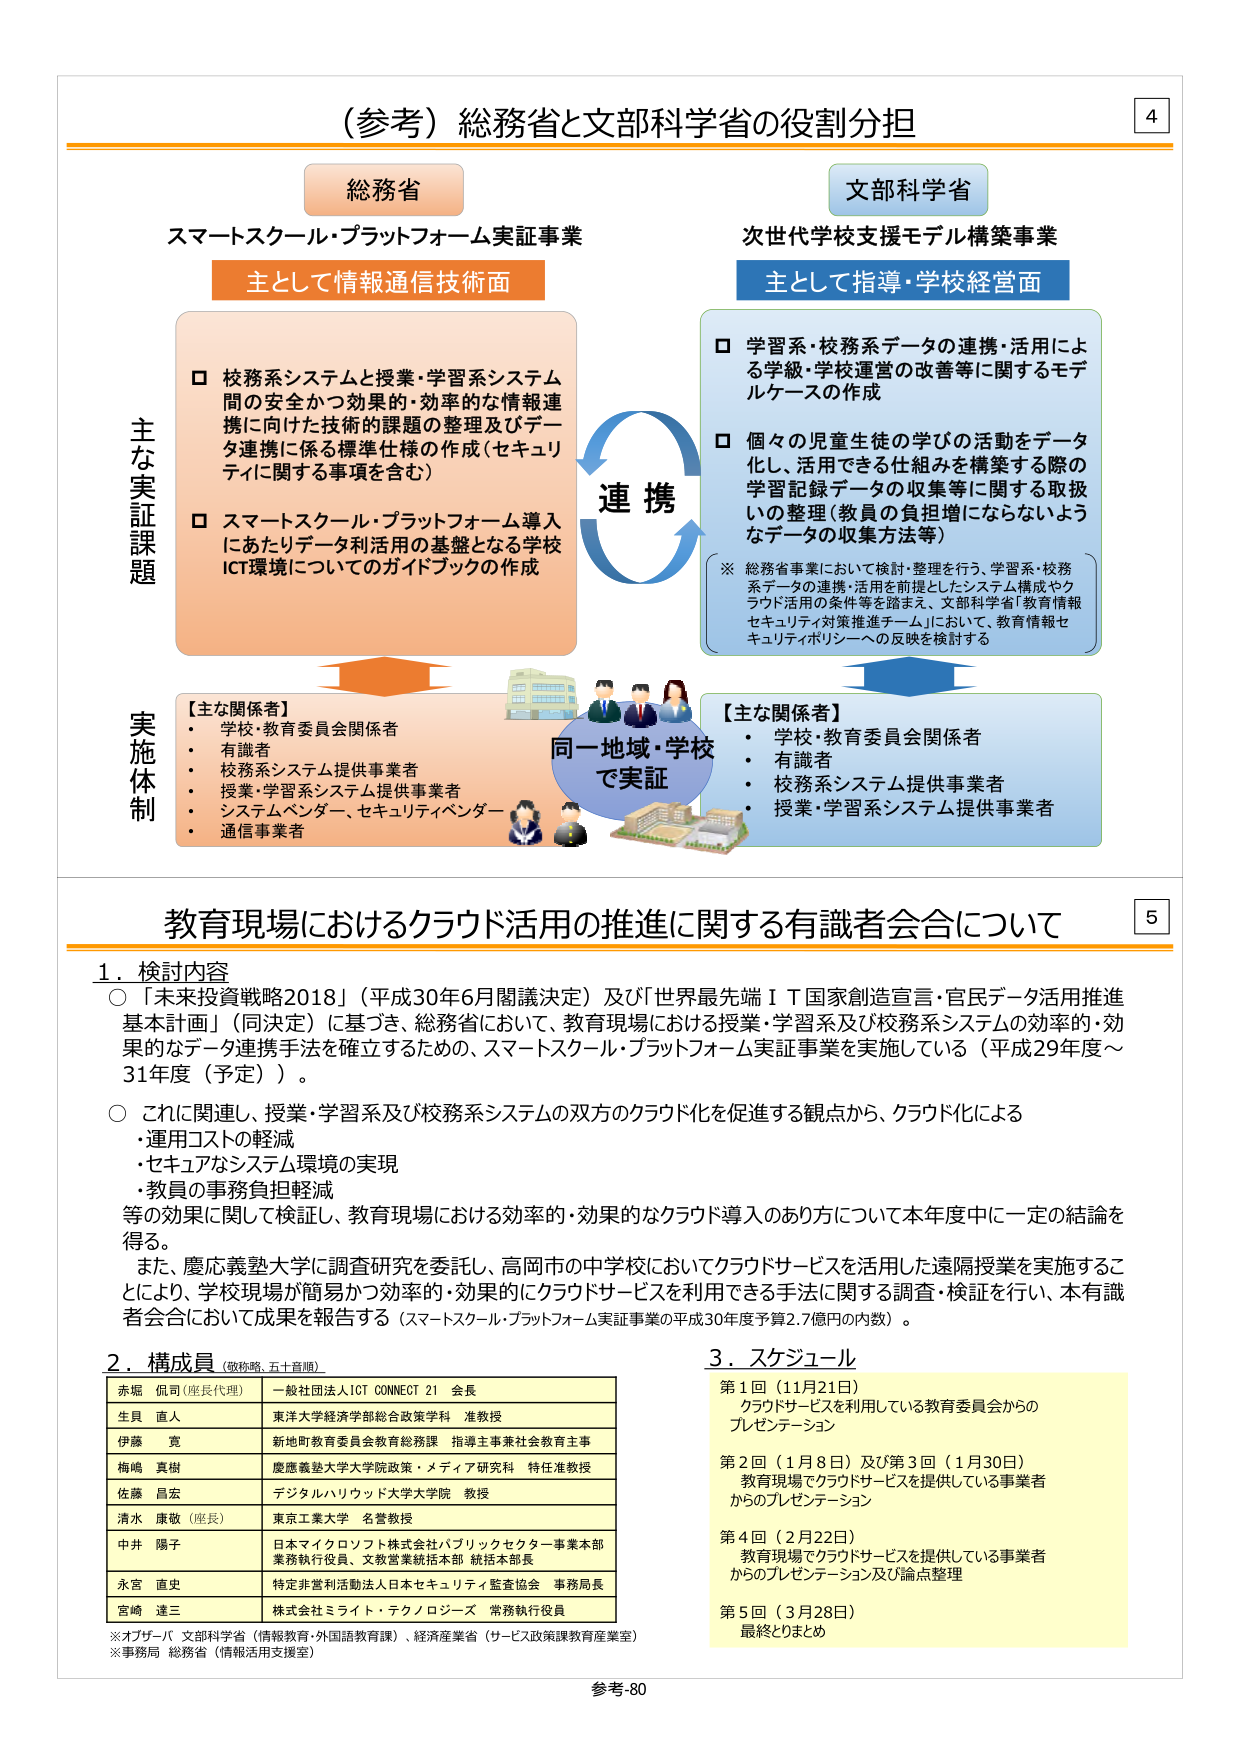
（参考）総務省と文部科学省の役割分担

総務省
スマートスクール・プラットフォーム実証事業
主として情報通信技術面

□ 校務系システムと授業・学習系システム間の安全かつ効果的・効率的な情報連携に向けた技術的課題の整理及びデータ連携に係る標準仕様の作成（セキュリティに関する事項を含む）
□ スマートスクール・プラットフォーム導入にあたりデータ利活用の基盤となる学校ICT環境についてのガイドラインの作成

文部科学省
次世代学校支援モデル構築事業
主として指導・学校経営面

□ 学習系・校務系データの連携・活用による学級・学校運営の改善等に関するモデルケースの作成
□ 個々の児童生徒の学びの活動をデータ化し、活用できる仕組みを構築する際の学習記録データの収集等に関する取扱いの整理（教員の負担増にならないようなデータの収集方法等）

※ 総務省事業において検討・整理を行う、学習系・校務系データの連携・活用を前提としたシステム構成やクラウド活用の条件等を踏まえ、文部科学省「教育情報セキュリティ対策推進チーム」において、教育情報セキュリティポリシーへの反映を検討する

主な実証課題
実施体制

【主な関係者】
・ 学校・教育委員会関係者
・ 有識者
・ 校務系システム提供事業者
・ 授業・学習系システム提供事業者
・ システムベンダー、セキュリティベンダー
・ 通信事業者

同一地域・学校で実証

【主な関係者】
・ 学校・教育委員会関係者
・ 有識者
・ 校務系システム提供事業者
・ 授業・学習系システム提供事業者

教育現場におけるクラウド活用の推進に関する有識者会合について

1．検討内容
○ 「未来投資戦略2018」（平成30年6月閣議決定）及び「世界最先端ＩＴ国家創造宣言・官民データ活用推進基本計画」（同決定）に基づき、総務省において、教育現場における授業・学習系及び校務系システムの効率的・効果的なデータ連携手法を確立するための、スマートスクール・プラットフォーム実証事業を実施している（平成29年度～31年度（予定））。
○ これに関連し、授業・学習系及び校務系システムの双方のクラウド化を促進する観点から、クラウド化による
・ 運用コストの軽減
・ セキュアなシステム環境の実現
・ 教員の事務負担軽減
等の効果に関して検証し、教育現場における効率的・効果的なクラウド導入のあり方について本年度中に一定の結論を得る。
また、慶応義塾大学に調査研究を委託し、高岡市の中学校においてクラウドサービスを活用した遠隔授業を実施することにより、学校現場が簡易かつ効率的・効果的にクラウドサービスを利用できる手法に関する調査・検証を行い、本有識者会合において成果を報告する（スマートスクール・プラットフォーム実証事業の平成30年度予算2.7億円の内数）。

2．構成員（敬称略、五十音順）
赤堀 侃司（座長代理） 一般社団法人ICT CONNECT 21 会長
生貝 直人 東洋大学経済学部総合政策学科 准教授
伊藤 寛 新地町教育委員会教育総務課 指導主事兼社会教育主事
梅嶋 真樹 慶應義塾大学大学院政策・メディア研究科 特任准教授
佐藤 昌宏 デジタルハリウッド大学大学院 教授
清水 康敬（座長） 東京工業大学 名誉教授
中井 陽子 日本マイクロソフト株式会社パブリックセクター事業本部 事業執行役員、文教営業統括本部 統括本部長
永宮 直史 特定非営利活動法人日本セキュリティ監査協会 事務局長
宮崎 達三 株式会社ミライト・テクノロジーズ 常務執行役員

※オブザーバー 文部科学省（情報教育・外国語教育課）、経済産業省（サービス政策課教育産業室）
※事務局 総務省（情報活用支援室）

3．スケジュール
第1回（11月21日） クラウドサービスを利用している教育委員会からのプレゼンテーション
第2回（1月8日）及び第3回（1月30日） 教育現場でクラウドサービスを提供している事業者からのプレゼンテーション
第4回（2月22日） 教育現場でクラウドサービスを提供している事業者からのプレゼンテーション及び論点整理
第5回（3月28日） 最終とりまとめ

参考-80